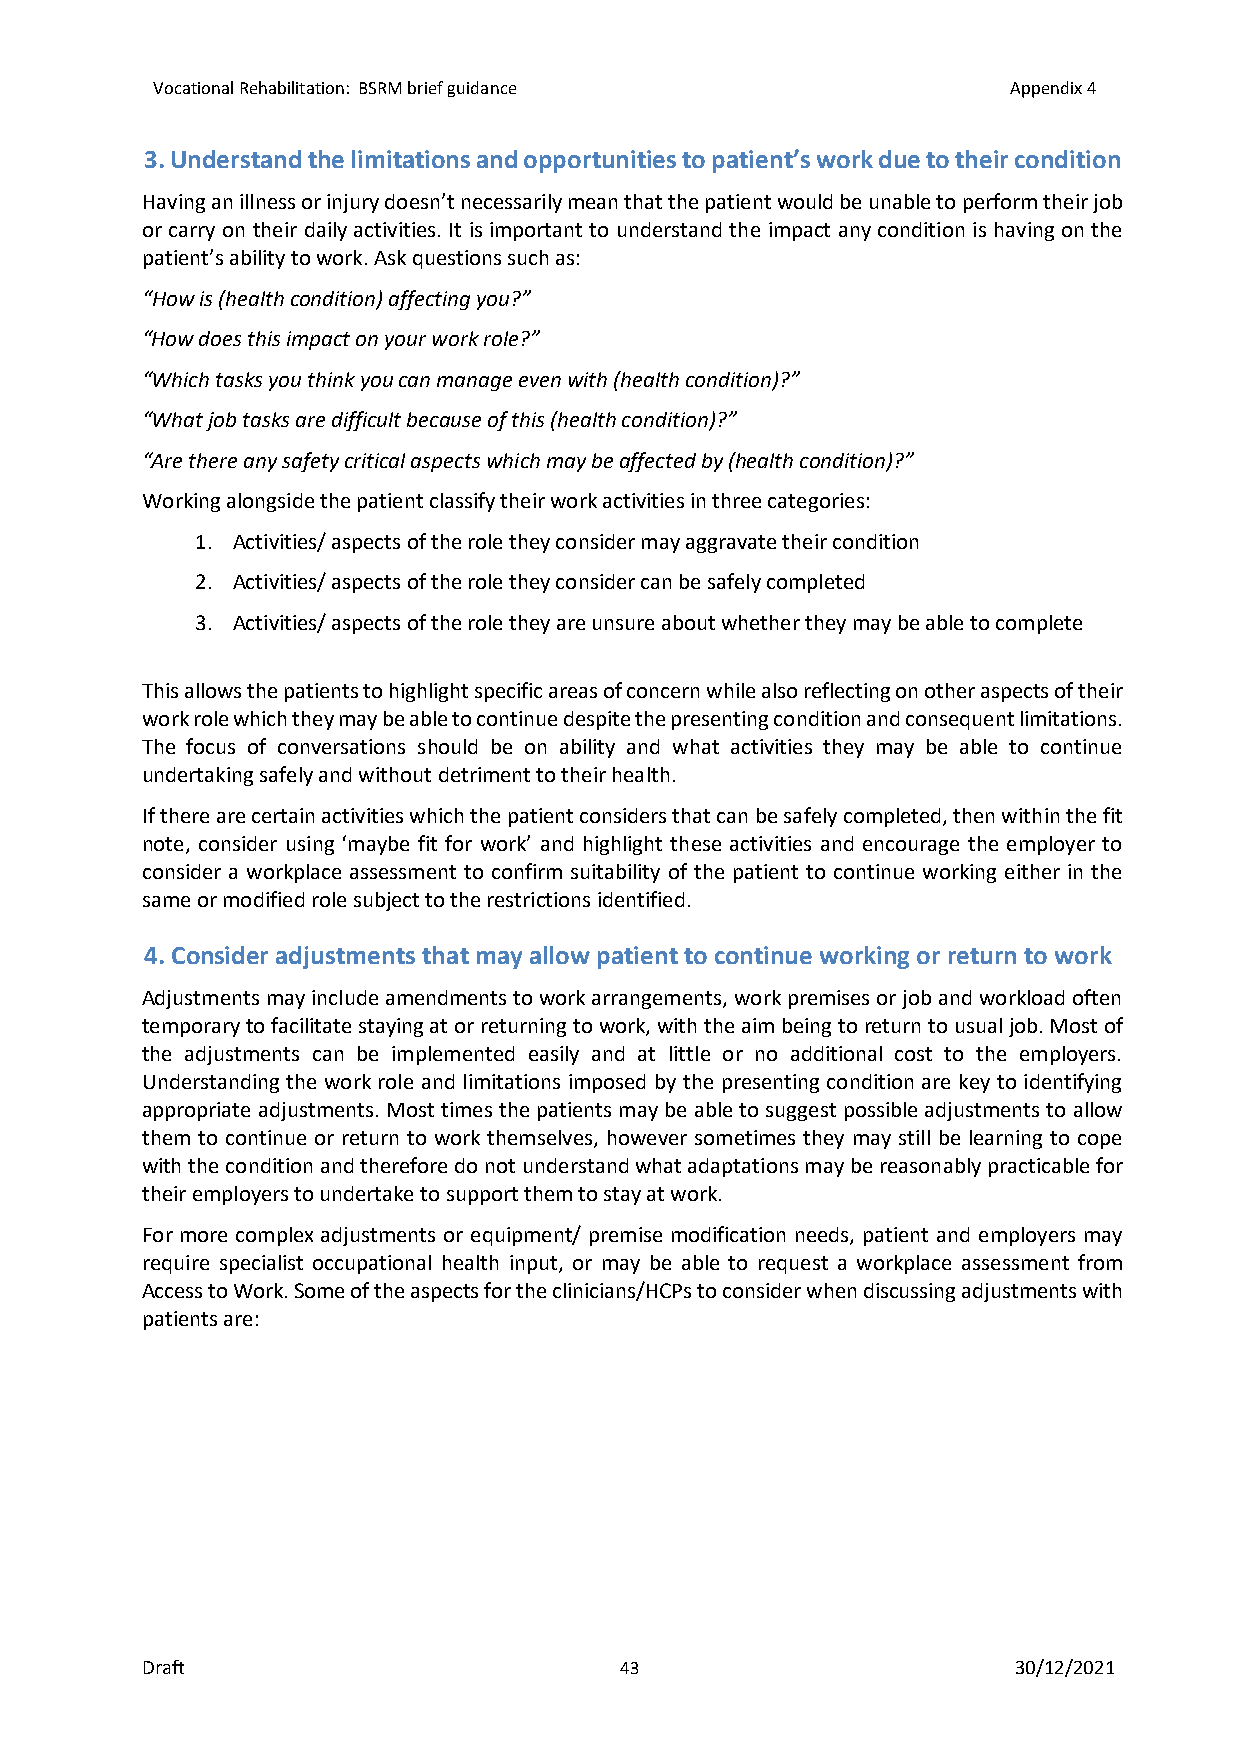
Vocational Rehabilitation: BSRM brief guidance           Appendix 4
 3. Understand the limitations and opportunities to patient’s work due to their condition
 Having an illness or injury doesn’t necessarily mean that the patient would be unable to perform their job
 or carry on their daily activities. It is important to understand the impact any condition is having on the
 patient’s ability to work. Ask questions such as:
 “How is (health condition) affecting you?”
 “How does this impact on your work role?”
 “Which tasks you think you can manage even with (health condition)?”
 “What job tasks are difficult because of this (health condition)?”
 “Are there any safety critical aspects which may be affected by (health condition)?”
 Working alongside the patient classify their work activities in three categories:
 1. Activities/ aspects of the role they consider may aggravate their condition
 2. Activities/ aspects of the role they consider can be safely completed
 3. Activities/ aspects of the role they are unsure about whether they may be able to complete
 This allows the patients to highlight specific areas of concern while also reflecting on other aspects of their
 work role which they may be able to continue despite the presenting condition and consequent limitations.
 The focus of conversations should be on ability and what activities they may be able to continue
 undertaking safely and without detriment to their health.
 If there are certain activities which the patient considers that can be safely completed, then within the fit
 note, consider using ‘maybe fit for work’ and highlight these activities and encourage the employer to
 consider a workplace assessment to confirm suitability of the patient to continue working either in the
 same or modified role subject to the restrictions identified.
 4. Consider adjustments that may allow patient to continue working or return to work
 Adjustments may include amendments to work arrangements, work premises or job and workload often
 temporary to facilitate staying at or returning to work, with the aim being to return to usual job. Most of
 the adjustments can be implemented easily and at little or no additional cost to the employers.
 Understanding the work role and limitations imposed by the presenting condition are key to identifying
 appropriate adjustments. Most times the patients may be able to suggest possible adjustments to allow
 them to continue or return to work themselves, however sometimes they may still be learning to cope
 with the condition and therefore do not understand what adaptations may be reasonably practicable for
 their employers to undertake to support them to stay at work.
 For more complex adjustments or equipment/ premise modification needs, patient and employers may
 require specialist occupational health input, or may be able to request a workplace assessment from
 Access to Work. Some of the aspects for the clinicians/HCPs to consider when discussing adjustments with
 patients are:
 Draft                           43                        30/12/2021